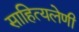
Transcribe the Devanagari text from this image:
साहित्यलेणी